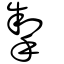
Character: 掣